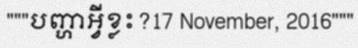
"""បញ្ហាអ្វីខ្លះ?17 November, 2016"""